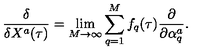
\frac { \delta } { \delta X ^ { a } ( \tau ) } = \lim _ { M \rightarrow \infty } \sum _ { q = 1 } ^ { M } f _ { q } ( \tau ) \frac { \partial } { \partial \alpha _ { q } ^ { a } } .